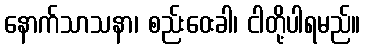
နောက်သာသနာ၊ စည်းဝေးခါ၊ ငါတို့ပါရမည်။